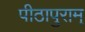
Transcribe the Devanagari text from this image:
पीठापुराम्‌